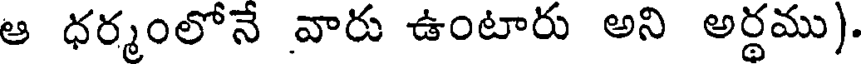
ఆ ధర్మంలోనే వారు ఉంటారు అని అర్థము).